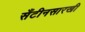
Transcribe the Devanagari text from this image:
सँटीनसारखी